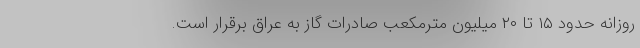
روزانه حدود ۱۵ تا ۲۰ میلیون مترمکعب صادرات گاز به عراق برقرار است.